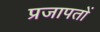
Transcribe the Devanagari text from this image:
प्रजापतों